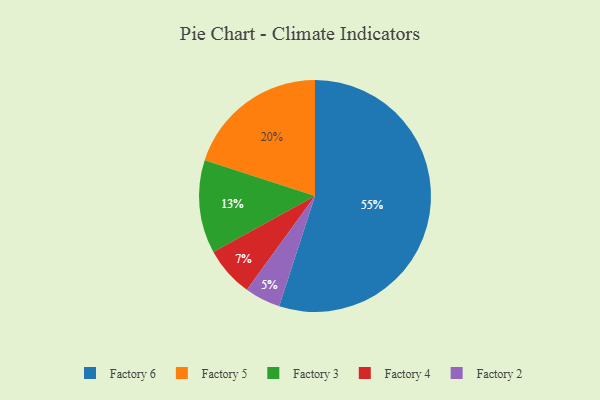
{"axis": {"x": "Category", "y": "Percentage"}, "legend": ["Factory 2", "Factory 3", "Factory 4", "Factory 5", "Factory 6"], "data": [{"x": "Factory 3", "y": 13, "type": "Factory 3"}, {"x": "Factory 2", "y": 5, "type": "Factory 2"}, {"x": "Factory 4", "y": 7, "type": "Factory 4"}, {"x": "Factory 6", "y": 55, "type": "Factory 6"}, {"x": "Factory 5", "y": 20, "type": "Factory 5"}]}